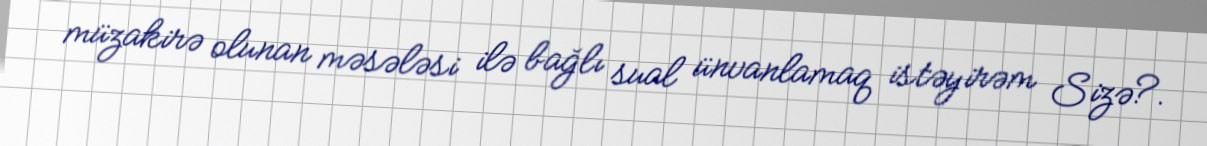
müzakirə olunan məsələsi ilə bağlı sual ünvanlamaq istəyirəm Sizə?.